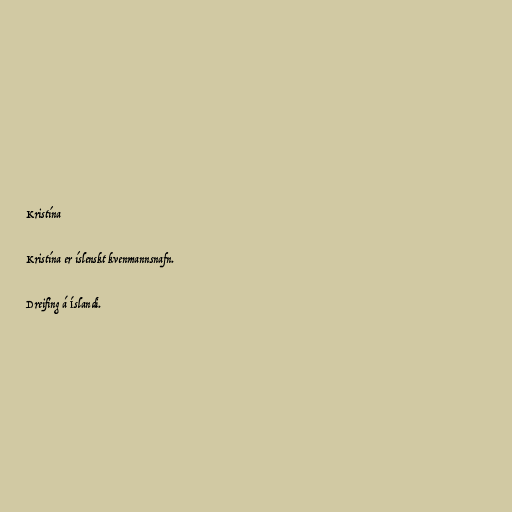
Kristína

Kristína er íslenskt kvenmannsnafn.

Dreifing á Íslandi.